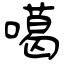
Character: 噶